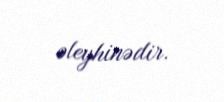
əleyhinədir.